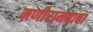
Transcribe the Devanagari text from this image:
मणीरामबाबा